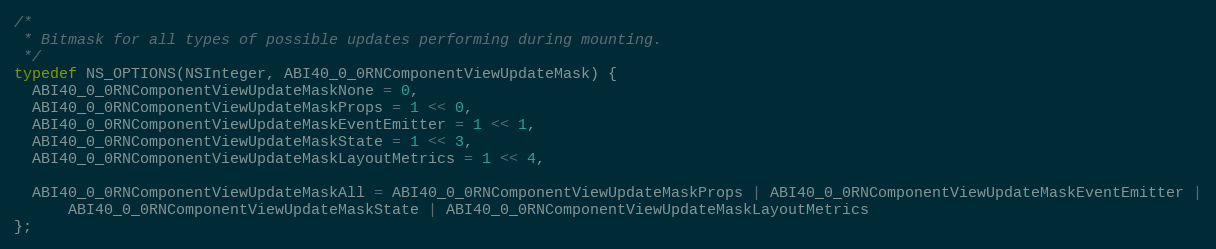
Language: C
/*
 * Bitmask for all types of possible updates performing during mounting.
 */
typedef NS_OPTIONS(NSInteger, ABI40_0_0RNComponentViewUpdateMask) {
  ABI40_0_0RNComponentViewUpdateMaskNone = 0,
  ABI40_0_0RNComponentViewUpdateMaskProps = 1 << 0,
  ABI40_0_0RNComponentViewUpdateMaskEventEmitter = 1 << 1,
  ABI40_0_0RNComponentViewUpdateMaskState = 1 << 3,
  ABI40_0_0RNComponentViewUpdateMaskLayoutMetrics = 1 << 4,

  ABI40_0_0RNComponentViewUpdateMaskAll = ABI40_0_0RNComponentViewUpdateMaskProps | ABI40_0_0RNComponentViewUpdateMaskEventEmitter |
      ABI40_0_0RNComponentViewUpdateMaskState | ABI40_0_0RNComponentViewUpdateMaskLayoutMetrics
};